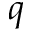
q